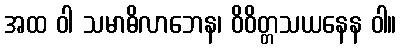
အထ ဝါ သမာဓိလာဘေန၊ ဝိဝိတ္တသယနေန ဝါ။